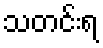
သတင်းရ